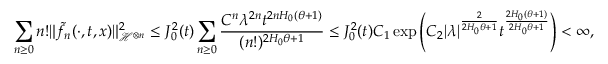
\sum _ { n \ge 0 } n ! \Vert \tilde { f _ { n } } ( \cdot , t , x ) \Vert _ { \mathcal { H } ^ { \otimes n } } ^ { 2 } \le J _ { 0 } ^ { 2 } ( t ) \sum _ { n \ge 0 } \frac { C ^ { n } \lambda ^ { 2 n } t ^ { 2 n H _ { 0 } ( \theta + 1 ) } } { ( n ! ) ^ { 2 H _ { 0 } \theta + 1 } } \le J _ { 0 } ^ { 2 } ( t ) C _ { 1 } \exp \left( C _ { 2 } | \lambda | ^ { \frac { 2 } { 2 H _ { 0 } \theta + 1 } } t ^ { \frac { 2 H _ { 0 } ( \theta + 1 ) } { 2 H _ { 0 } \theta + 1 } } \right) < \infty ,